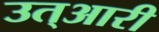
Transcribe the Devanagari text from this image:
उत्आरी